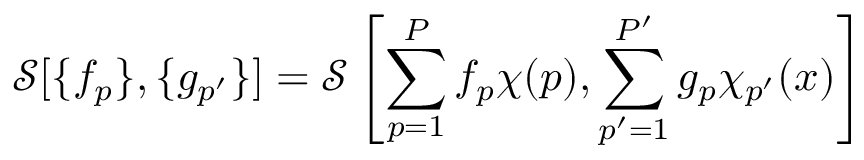
\mathcal { S } [ \{ f _ { p } \} , \{ g _ { p ^ { \prime } } \} ] = \mathcal { S } \left[ \sum _ { p = 1 } ^ { P } f _ { p } \chi ( p ) , \sum _ { p ^ { \prime } = 1 } ^ { P ^ { \prime } } g _ { p } \chi _ { p ^ { \prime } } ( x ) \right]